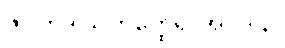
ဇဂတိဒါယကတ္ထေရ အပဒါန။